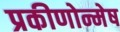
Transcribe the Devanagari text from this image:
प्रकीणोन्मेष